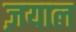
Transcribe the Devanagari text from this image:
ज़याल